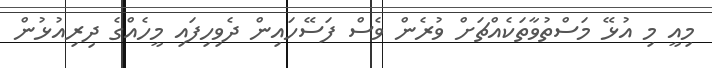
މިއީ މި އުޅޭ މަސްތުވާތަކެއްޗަށް ވުރެން ވެސް ފަސޭހައިން ދެވިހިފައި މީހެއްގެ ދިރިއުޅުން